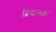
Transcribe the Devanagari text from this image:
ब्रियान्स्क